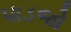
પાડજો